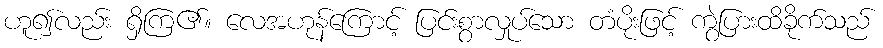
ဟူ၍လည်း ရှိကြ၏။ လေအဟုန်ကြောင့် ပြင်းစွာလှုပ်သော တံပိုးဖြင့် ကွဲပြားထိခိုက်သည်